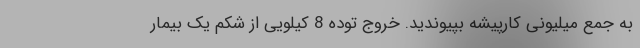
به جمع میلیونی کارپیشه بپیوندید. خروج توده 8 کیلویی از شکم یک بیمار